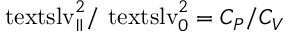
\smash { \ensuremath { \mathrm { \ t e x t s l { v } } _ { \parallel } } ^ { 2 } / \ensuremath { \mathrm { \ t e x t s l { v } } _ { 0 } } ^ { 2 } } = C _ { P } / C _ { V }